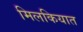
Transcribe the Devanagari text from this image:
मिलकियात